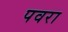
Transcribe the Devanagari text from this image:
पवरा